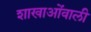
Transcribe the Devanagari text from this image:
शाखाओंवाली